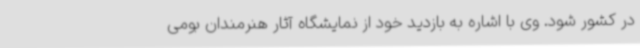
در کشور شود. وی با اشاره به بازدید خود از نمایشگاه آثار هنرمندان بومی